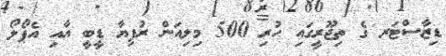
ޑިޒާސްޓަރ ގެ ތިޖޫރީގައި ހުރި 500 މިލިއަން ރުފިޔާ ޑީބީ އާއި އެޕޯލޯ